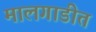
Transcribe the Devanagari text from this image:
मालगाडीत